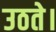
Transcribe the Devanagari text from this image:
उठते।